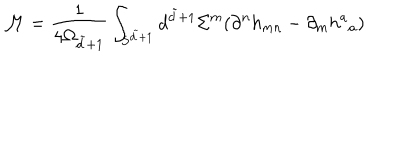
LaTeX: \mathcal { M } = \frac { 1 } { 4 \Omega _ { \tilde { d } + 1 } } \int _ { { \bf S } ^ { \tilde { d } + 1 } } d ^ { \tilde { d } + 1 } \Sigma ^ { m } ( \partial ^ { n } h _ { m n } - \partial _ { m } h ^ { a } { } _ { a } )